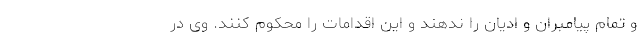
و تمام پیامبران و ادیان را ندهند و این اقدامات را محکوم کنند. وی در